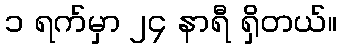
၁ ရက်မှာ ၂၄ နာရီ ရှိတယ်။